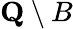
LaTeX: {\textbf{Q}}\setminus B